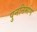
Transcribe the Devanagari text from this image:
पुननिर्माण